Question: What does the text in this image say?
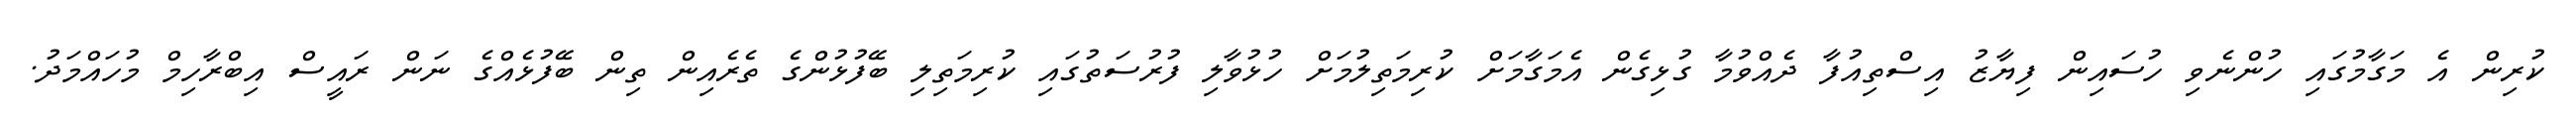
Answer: ކުރިން އެ މަގާމުގައި ހުންނެވި ހުސައިން ފިޔާޒު އިސްތިއުފާ ދެއްވުމާ ގުޅިގެން އެމަގާމަށް ކުރިމަތިލުމަށް ހުޅުވާލި ފުރުސަތުގައި ކުރިމަތިލި ބޭފުޅުންގެ ތެރެއިން ތިން ބޭފުޅެއްގެ ނަން ރައީސް އިބްރާހިމް މުހައްމަދު.